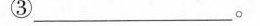
③___。